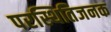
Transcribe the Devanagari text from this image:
परस्थितिजनक